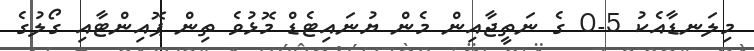
މިލަނޑާއެކު 5-0 ގެ ނަތީޖާއިން މެން ޔުނައިޓެޑް މޮޅުވެ ތިން ޕޮއިންޓާއި ގޯލުގެ